Annual administration report of the Civil Veterinary Department of India - 1896-1897
Year: 1896
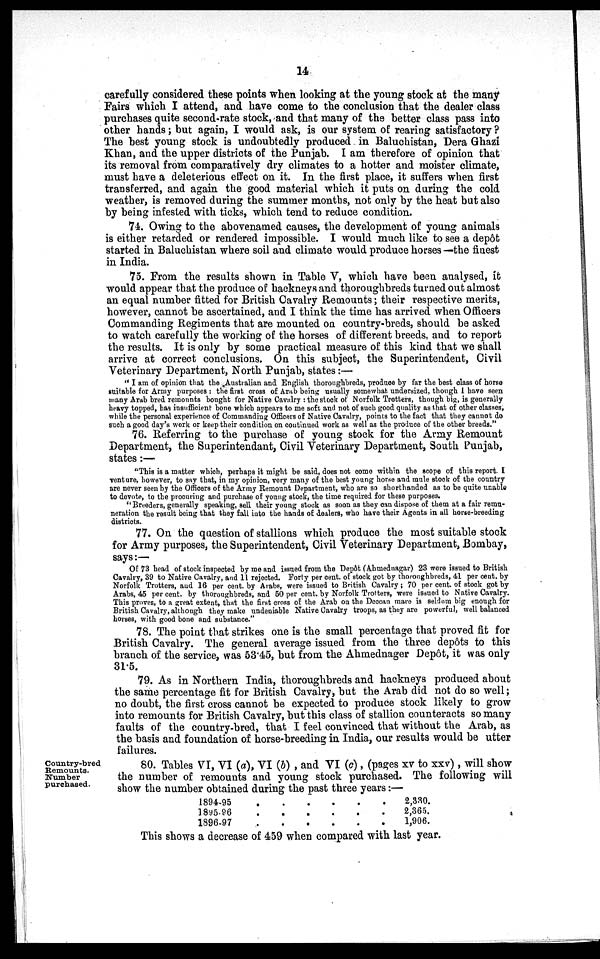
14
carefully considered these points when looking at the young stock at the many
Fairs which I attend, and have come to the conclusion that the dealer class
purchases quite second-rate stock, and that many of the better class pass into
other hands; but again, I would ask, is our system of rearing satisfactory?
The best young stock is undoubtedly produced in Baluchistan, Dera Ghazi
Khan, and the upper districts of the Punjab. I am therefore of opinion that
its removal from comparatively dry climates to a hotter and moister climate,
must have a deleterious effect on it. In the first place, it suffers when first
transferred, and again the good material which it puts on during the cold
weather, is removed during the summer months, not only by the heat but also
by being infested with ticks, which tend to reduce condition.
74. Owing to the abovenamed causes, the development of young animals
is either retarded or rendered impossible. I would much like to see a depôt
started in Baluchistan where soil and climate would produce horses—the finest
in India.
75. From the results shown in Table V, which have been analysed, it
would appear that the produce of hackneys and thoroughbreds turned out almost
an equal number fitted for British Cavalry Remounts; their respective merits,
however, cannot be ascertained, and I think the time has arrived when Officers
Commanding Regiments that are mounted on country-breds, should be asked
to watch carefully the working of the horses of different breeds, and to report
the results. It is only by some practical measure of this kind that we shall
arrive at correct conclusions. On this subject, the Superintendent, Civil
Veterinary Department, North Punjab, states:—
"I am of opinion that the Australian and English thoroughbreds, produce by far the best class of horse
suitable for Army purposes: the first cross of Arab being usually somewhat undersized, though I have seen
many Arab bred remounts bought for Native Cavalry: the stock of Norfolk Trotters, though big, is generally
heavy topped, has insufficient bone which appears to me soft and not of such good quality as that of other classes,
while the personal experience of Commanding Officers of Native Cavalry, points to the fact that they cannot do
such a good day's work or keep their condition on continued work as well as the produce of the other breeds."
76. Referring to the purchase of young stock for the Army Remount
Department, the Superintendant, Civil Veterinary Department, South Punjab,
states:—
"This is a matter which, perhaps it might be said, does not come within the scope of this report. I
venture, however, to say that, in my opinion, very many of the best young horse and mule stock of the country
are never seen by the Officers of the Army Remount Department, who are so shorthanded as to be quite unable
to devote, to the procuring and purchase of young stock, the time required for these purposes.
"Breeders, generally speaking, sell their young stock as soon as they can dispose of them at a fair remu-
neration the result being that they fall into the hands of dealers, who have their Agents in all horse-breeding
districts.
77. On the question of stallions which produce the most suitable stock
for Army purposes, the Superintendent, Civil Veterinary Department, Bombay,
says:—
Of 73 head of stock inspected by me and issued from the Depôt (Ahmednagar) 23 were issued to British
Cavalry, 39 to Native Cavalry, and 11 rejected. Forty per cent. of stock got by thoroughbreds, 41 per cent. by
Norfolk Trotters, and 16 per cent. by Arabs, were issued to British Cavalry; 70 per cent. of stock got by
Arabs, 45 per cent. by thoroughbreds, and 50 per cent. by Norfolk Trotters, were issued to Native Cavalry.
This proves, to a great extent, that the first cross of the Arab on the Deccan mare is seldom big enough for
British Cavalry, although they make undeniable Native Cavalry troops, as they are powerful, well balanced
horses, with good bone and substance."
78. The point that strikes one is the small percentage that proved fit for
British Cavalry. The general average issued from the three depôts to this
branch of the service, was 53.45, but from the Ahmednager Depôt, it was only
31.5.
79. As in Northern India, thoroughbreds and hackneys produced about
the same percentage fit for British Cavalry, but the Arab did not do so well;
no doubt, the first cross cannot be expected to produce stock likely to grow
into remounts for British Cavalry, but this class of stallion counteracts so many
faults of the country-bred, that I feel convinced that without the Arab, as
the basis and foundation of horse-breeding in India, our results would be utter
failures.
Country-bred
Remounts.
Number
purchased.
80. Tables VI, VI (a), VI (b), and VI (c), (pages xv to xxv), will show
the number of remounts and young stock purchased. The following will
show the number obtained during the past three years:—
1894-95
1895-96
1896-97
.
.
.
.
.
.
.
.
.
.
.
.
.
.
.
.
.
2,330.
2,365.
1,906.
This shows a decrease of 459 when compared with last year.